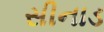
સીનાડ